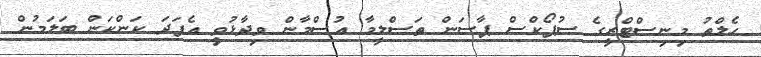
ހެލްތު މިނިސްޓްރީގެ ސުޕޯކްސް ޕާސަން ތަސްލީމާ އުސްމާން ވިދާޅުވީ އެފަދަ ކަންކަން ބަލަމުން